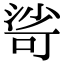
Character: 𣹇